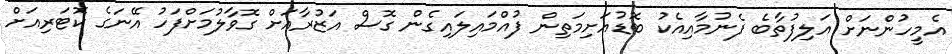
އެމީހުންނަށް އަލިފުތާބެ ފެނުމާއިއެކު ބޮޑުއަށިމަތިން ފުއްމައިލައިގެން ގޮސް އަޒުރާއަށް ގޮވާލުމަށްފަހު އޭނަގެ ކޮޓަރިއަށް